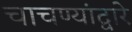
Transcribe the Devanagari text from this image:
चाचण्यांद्वारे